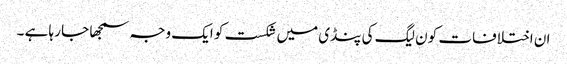
ان اختلافات کو ن لیگ کی پنڈی میں شکست کو ایک وجہ سمجھا جا رہا ہے ۔